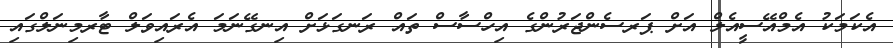
އެކަމަކު އެމްއޭސީއެލް އަށް ޕަރސެންޖަރުންގެ އިހްސާސް ތައް ރަނގަޅަށް އިނގޭނަމަ އެރައިވަލް ޓާރމިނަލްގައި